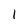
Character: 1